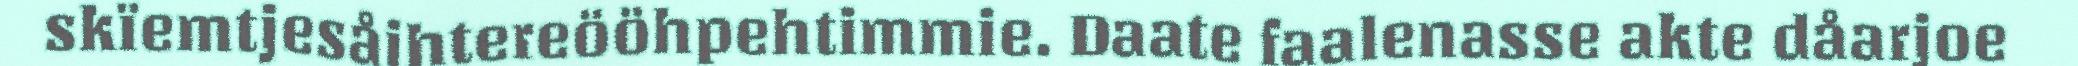
skïemtjesåjhtereööhpehtimmie. Daate faalenasse akte dåarjoe